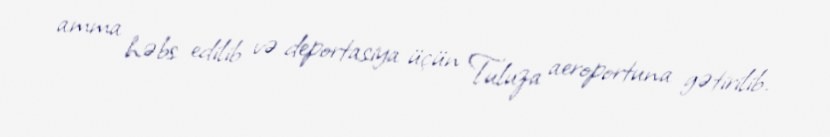
amma həbs edilib və deportasiya üçün Tuluza aeroportuna gətirilib.